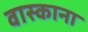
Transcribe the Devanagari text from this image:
वास्काना